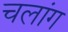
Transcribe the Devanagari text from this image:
चलांग